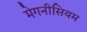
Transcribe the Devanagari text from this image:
मेगनीसियम